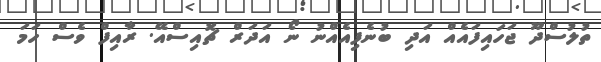
ތުލުސްދޫ ޖަހައިފައެއް އަދި ބުނެފިއެއްނު ނޯ އަދަރް ޗޮއިސްއޭ. ރާއިފް ވެސް ހަމަ